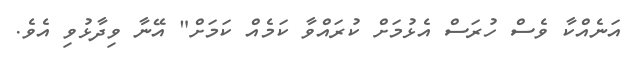
އަނެއްކާ ވެސް ހުރަސް އެޅުމަށް ކުރައްވާ ކަމެއް ކަމަށް" އޭނާ ވިދާޅުވި އެވެ.